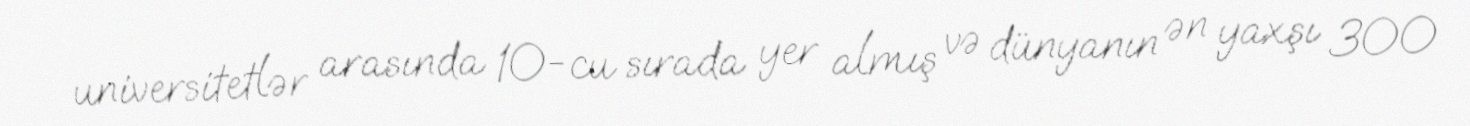
universitetlər arasında 10-cu sırada yer almış və dünyanın ən yaxşı 300